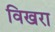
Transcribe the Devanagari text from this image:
विखरा